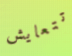
تتعايش